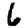
Digit: 6